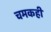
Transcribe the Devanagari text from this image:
चमकही